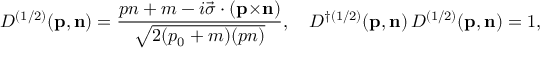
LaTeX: { D } ^ { ( 1 / 2 ) } ( { \bf p } , { \bf n } ) = \frac { p n + m - i { \vec { \sigma } } \cdot ( { \bf p } { \times } { \bf n } ) } { \sqrt { 2 ( p _ { 0 } + m ) ( p n ) } } , \quad { D } ^ { \dag ( 1 / 2 ) } ( { \bf p } , { \bf n } ) \, { D } ^ { ( 1 / 2 ) } ( { \bf p } , { \bf n } ) = 1 ,